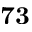
\mathbf { 7 3 }